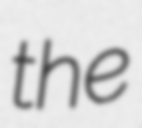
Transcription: the